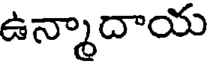
ఉన్మాదాయ